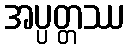
အပ္ပတ္တဿ